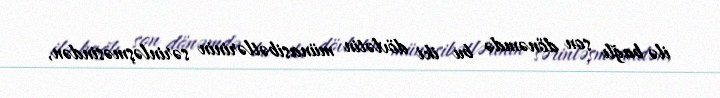
ilə bağlı son dönəmdə bu iki dövlətin münasibətlərinin sərinləşməsindən,